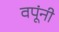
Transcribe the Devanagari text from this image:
वपूंनी